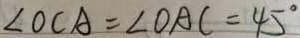
\angle O C A = \angle O A C = 4 5 ^ { \circ }